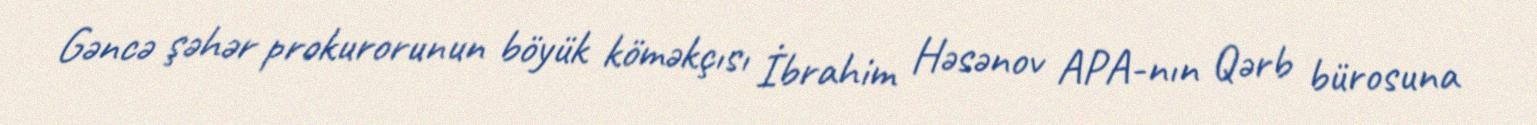
Gəncə şəhər prokurorunun böyük köməkçısı İbrahim Həsənov APA-nın Qərb bürosuna